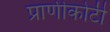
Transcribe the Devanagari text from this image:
प्राणीकोटी